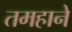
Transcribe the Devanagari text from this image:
तमहाने